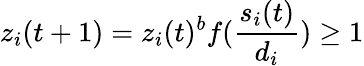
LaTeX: z_{i}(t+1)=z_{i}(t)^{b}f(\frac{s_{i}(t)}{d_{i}})\geq 1